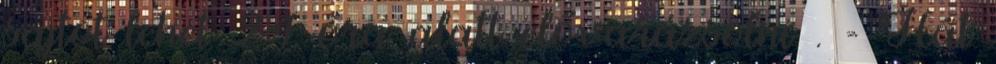
sajtot lehet 24 óra alatt elővarázsolni . - Hát